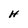
Character: H